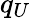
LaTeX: q_{U}